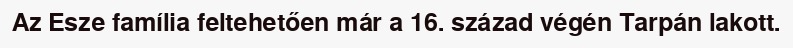
Az Esze família feltehetően már a 16. század végén Tarpán lakott.